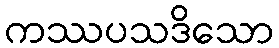
ကဿပသဒိသော